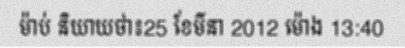
ម៉ាប់ និយាយថា៖25 ខែមីនា 2012 ម៉ោង 13:40